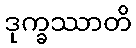
ဒုက္ခဿာတိ